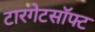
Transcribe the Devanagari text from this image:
टारगेटसॉफ्ट